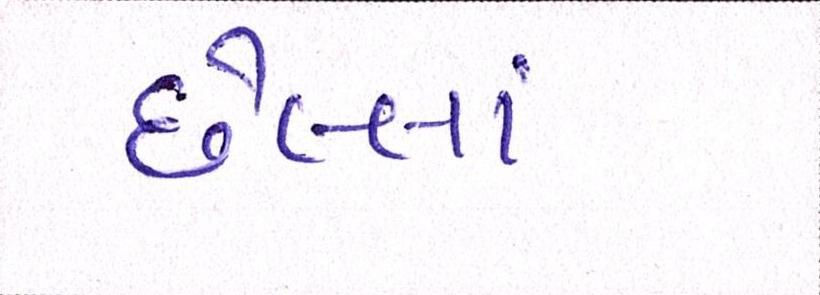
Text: છેલ્લાં